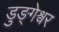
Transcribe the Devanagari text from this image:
डुङ्गेश्वर